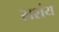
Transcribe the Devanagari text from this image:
सशंय